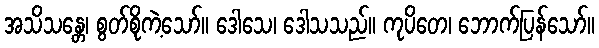
အသိသန္တေ၊ စွတ်စိုကဲ့သော်။ ဒေါသေ၊ ဒေါသသည်။ ကုပိတေ၊ ဘောက်ပြန်သော်။